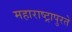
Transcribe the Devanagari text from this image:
महाराष्ट्रापुरते